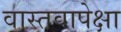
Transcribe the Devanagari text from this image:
वास्तवापेक्षा